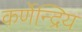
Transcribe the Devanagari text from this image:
कर्णेन्द्रिय